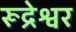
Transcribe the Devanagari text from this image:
रूद्रेश्वर